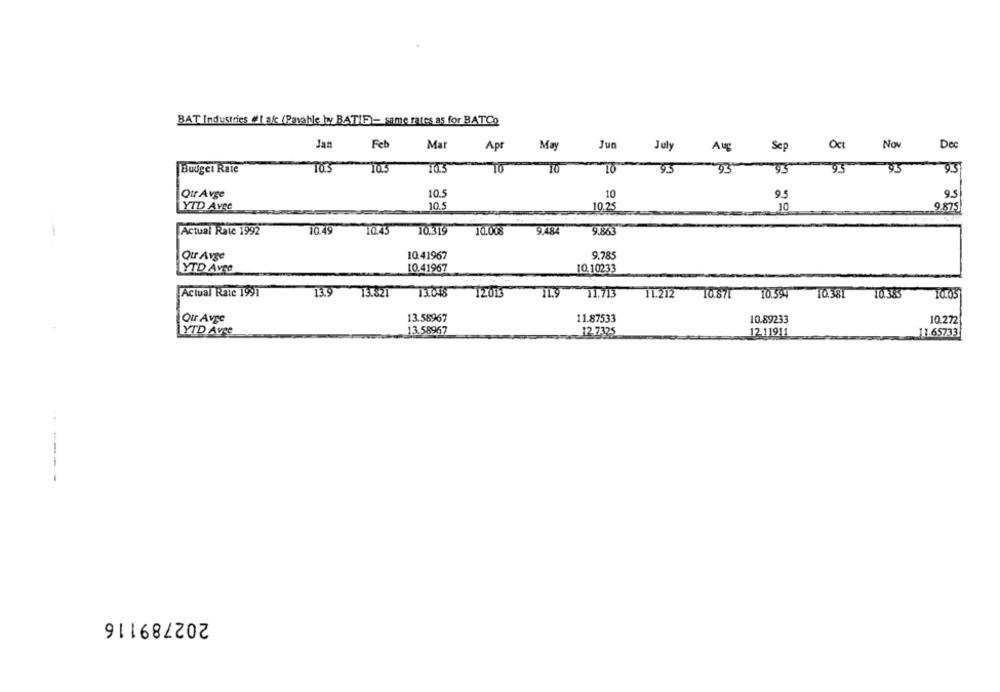
BAT Industries #1 ak (Pavahle hw BATIF) - same rates as for BATCo
Jan
Feb
Mar
Jun
Oct
No
Dec
Apr
May
July
Aug
Sep
Budget Raie
703
TO
10
TO
95
93
95
95
03
Qur Avge
10
9.5
10.5
95
YTD Avre
10.5
10.25
9.875
Actual Rate 1992
10.49
10.45
10.319
10.008
9.484
9.863
Qur Avge
10.41967
9.785
YTD Avre
10.41967
10.10233
Actual Rate 1991
13.821
13.048
12013
11.9
11.713
11.212
10.87[
10.594
10.381
10.05
Our Avre
13.58967
11.87533
10.89233
10.272
YTD Avec
13.58967
12.7325
12.11911
11-65733
202789116